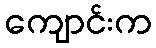
ကျောင်းက